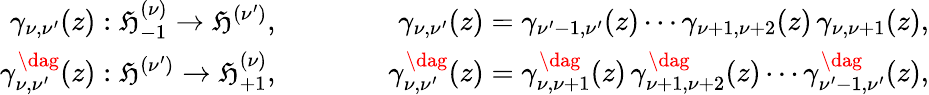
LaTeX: \begin{array}{rlr}{\gamma_{\nu,\nu^{\prime}}(z):\mathfrak{H}_{-1}^{(\nu)}\rightarrow\mathfrak{H}^{(\nu^{\prime})},}&{\qquad}&{\gamma_{\nu,\nu^{\prime}}(z)=\gamma_{\nu^{\prime}-1,\nu^{\prime}}(z)\cdots\gamma_{\nu+1,\nu+2}(z)\, \gamma_{\nu,\nu+1}(z),}\\ {\gamma_{\nu,\nu^{\prime}}^{\dag}(z):\mathfrak{H}^{(\nu^{\prime})}\rightarrow\mathfrak{H}_{+1}^{(\nu)},}&{\qquad}&{\gamma_{\nu,\nu^{\prime}}^{\dag}(z)=\gamma_{\nu,\nu+1}^{\dag}(z)\, \gamma_{\nu+1,\nu+2}^{\dag}(z)\cdots\gamma_{\nu^{\prime}-1,\nu^{\prime}}^{\dag}(z),}\end{array}